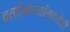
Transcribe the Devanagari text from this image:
व्रतवैकल्यांमध्येही